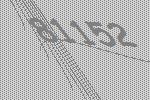
81152